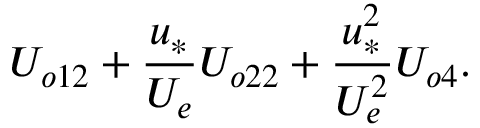
U _ { o 1 2 } + \frac { u _ { * } } { U _ { e } } U _ { o 2 2 } + \frac { u _ { * } ^ { 2 } } { U _ { e } ^ { 2 } } U _ { o 4 } .